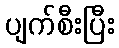
ပျက်စီးပြီး